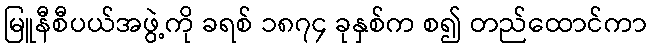
မြူနီစီပယ်အဖွဲ့ကို ခရစ် ၁၈၇၄ ခုနှစ်က စ၍ တည်ထောင်ကာ